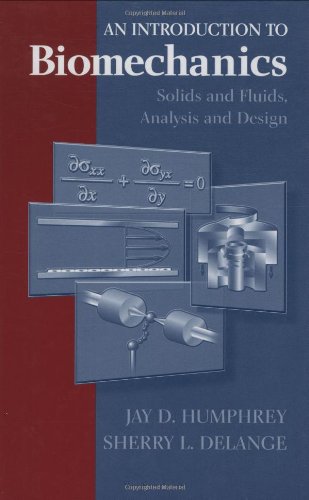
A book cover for An Introduction to Biomechanics: Solids and Fluids, Analysis and Design; Jay D. Humphrey; Medical Books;